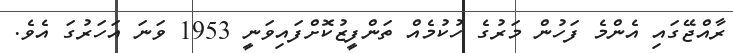
ރާއްޖޭގައި އެންމެ ފަހުން މަރުގެ ހުކުމެއް ތަންފީޒުކޮށްފައިވަނީ 1953 ވަނަ އަހަރުގަ އެވެ.